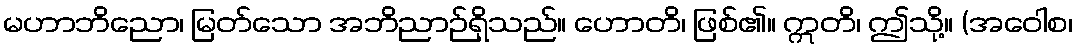
မဟာဘိညော၊ မြတ်သော အဘိညာဉ်ရှိသည်။ ဟောတိ၊ ဖြစ်၏။ ဣတိ၊ ဤသို့။ (အဝေါစ၊